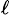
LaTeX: _{\ell}